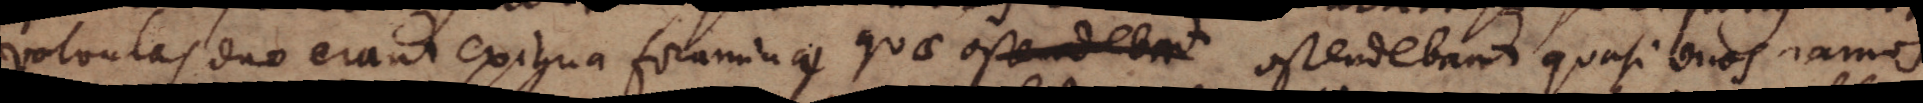
valvulas duo erant exigua foramina, quae xx ostendebant quasi duos ramos